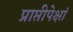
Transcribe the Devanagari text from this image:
प्राप्तीपेक्षां